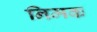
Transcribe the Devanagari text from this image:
निमक